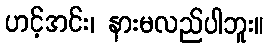
ဟင့်အင်း၊ နားမလည်ပါဘူး။